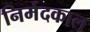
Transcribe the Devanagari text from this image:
निर्मदकाल